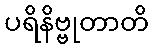
ပရိနိဗ္ဗုတာတိ